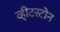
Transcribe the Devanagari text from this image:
व्ही्टस्टोन